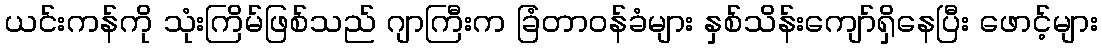
ယင်းကန်ကို သုံးကြိမ်ဖြစ်သည် ဂျာကြီးက ခြံတာဝန်ခံများ နှစ်သိန်းကျော်ရှိနေပြီး ဖောင့်များ